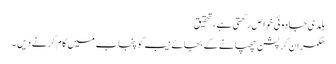
ہلدی جادوئی خوا ص رکھتی ہے ،تحقیق
حکمران کرپشن چھپانے کے بجائے نیب کو پنجاب میں کام کرنے دیں ۔